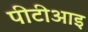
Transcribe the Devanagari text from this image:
पीटीआइ